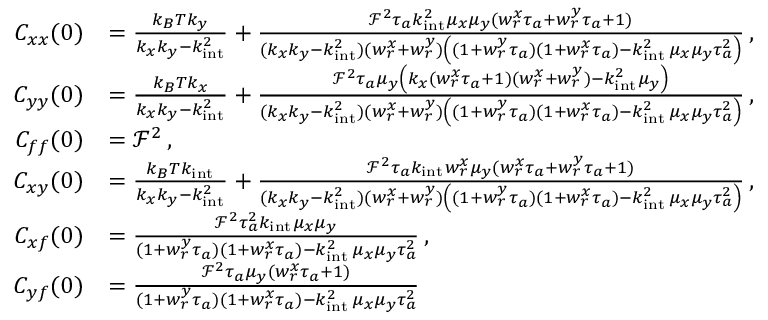
\begin{array} { r l } { C _ { x x } ( 0 ) } & { = \frac { k _ { B } T k _ { y } } { k _ { x } k _ { y } - k _ { \mathrm { i n t } } ^ { 2 } } + \frac { \mathcal { F } ^ { 2 } \tau _ { a } k _ { \mathrm { i n t } } ^ { 2 } \mu _ { x } \mu _ { y } ( w _ { r } ^ { x } \tau _ { a } + w _ { r } ^ { y } \tau _ { a } + 1 ) } { ( k _ { x } k _ { y } - k _ { \mathrm { i n t } } ^ { 2 } ) ( w _ { r } ^ { x } + w _ { r } ^ { y } ) \left( ( 1 + w _ { r } ^ { y } \tau _ { a } ) ( 1 + w _ { r } ^ { x } \tau _ { a } ) - k _ { \mathrm { i n t } } ^ { 2 } \, \mu _ { x } \mu _ { y } \tau _ { a } ^ { 2 } \right) } \, , } \\ { C _ { y y } ( 0 ) } & { = \frac { k _ { B } T k _ { x } } { k _ { x } k _ { y } - k _ { \mathrm { i n t } } ^ { 2 } } + \frac { \mathcal { F } ^ { 2 } \tau _ { a } \mu _ { y } \left( k _ { x } ( w _ { r } ^ { x } \tau _ { a } + 1 ) ( w _ { r } ^ { x } + w _ { r } ^ { y } ) - k _ { \mathrm { i n t } } ^ { 2 } \mu _ { y } \right) } { ( k _ { x } k _ { y } - k _ { \mathrm { i n t } } ^ { 2 } ) ( w _ { r } ^ { x } + w _ { r } ^ { y } ) \left( ( 1 + w _ { r } ^ { y } \tau _ { a } ) ( 1 + w _ { r } ^ { x } \tau _ { a } ) - k _ { \mathrm { i n t } } ^ { 2 } \, \mu _ { x } \mu _ { y } \tau _ { a } ^ { 2 } \right) } \, , } \\ { C _ { f f } ( 0 ) } & { = \mathcal { F } ^ { 2 } \, , } \\ { C _ { x y } ( 0 ) } & { = \frac { k _ { B } T k _ { \mathrm { i n t } } } { k _ { x } k _ { y } - k _ { \mathrm { i n t } } ^ { 2 } } + \frac { \mathcal { F } ^ { 2 } \tau _ { a } k _ { \mathrm { i n t } } w _ { r } ^ { x } \mu _ { y } ( w _ { r } ^ { x } \tau _ { a } + w _ { r } ^ { y } \tau _ { a } + 1 ) } { ( k _ { x } k _ { y } - k _ { \mathrm { i n t } } ^ { 2 } ) ( w _ { r } ^ { x } + w _ { r } ^ { y } ) \left( ( 1 + w _ { r } ^ { y } \tau _ { a } ) ( 1 + w _ { r } ^ { x } \tau _ { a } ) - k _ { \mathrm { i n t } } ^ { 2 } \, \mu _ { x } \mu _ { y } \tau _ { a } ^ { 2 } \right) } \, , } \\ { C _ { x f } ( 0 ) } & { = \frac { \mathcal { F } ^ { 2 } \tau _ { a } ^ { 2 } k _ { \mathrm { i n t } } \mu _ { x } \mu _ { y } } { ( 1 + w _ { r } ^ { y } \tau _ { a } ) ( 1 + w _ { r } ^ { x } \tau _ { a } ) - k _ { \mathrm { i n t } } ^ { 2 } \, \mu _ { x } \mu _ { y } \tau _ { a } ^ { 2 } } \, , } \\ { C _ { y f } ( 0 ) } & { = \frac { \mathcal { F } ^ { 2 } \tau _ { a } \mu _ { y } ( w _ { r } ^ { x } \tau _ { a } + 1 ) } { ( 1 + w _ { r } ^ { y } \tau _ { a } ) ( 1 + w _ { r } ^ { x } \tau _ { a } ) - k _ { \mathrm { i n t } } ^ { 2 } \, \mu _ { x } \mu _ { y } \tau _ { a } ^ { 2 } } \, } \end{array}